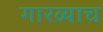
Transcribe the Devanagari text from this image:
गारव्याच